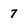
Character: 7